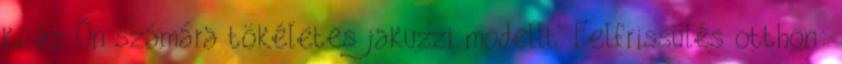
ki az Ön számára tökéletes jakuzzi modellt. Felfrissülés otthon: